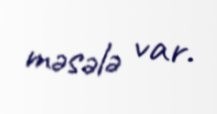
məsələ var.